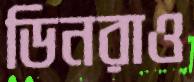
ডিনরাও